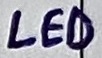
Text: LED